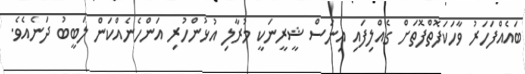
ބައެއްފަހަރު ވާހަކަފޮތްފޮތަށް ގެއްލިފައި އިނަސް ޝީރީނަކީ މުރާލި އުޅުންހުރި އަންހެނެއްކަން ލަބީބު ދަނެއެވެ.